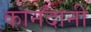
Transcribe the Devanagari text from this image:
कानदानी